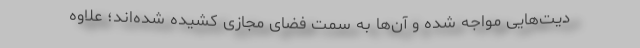
دیت‌هایی مواجه شده و آن‌ها به سمت فضای مجازی کشیده شده‌اند؛ علاوه